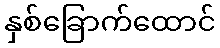
နှစ်ခြောက်ထောင်